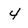
Character: 4